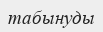
табынуды